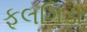
ફૂલગિડા